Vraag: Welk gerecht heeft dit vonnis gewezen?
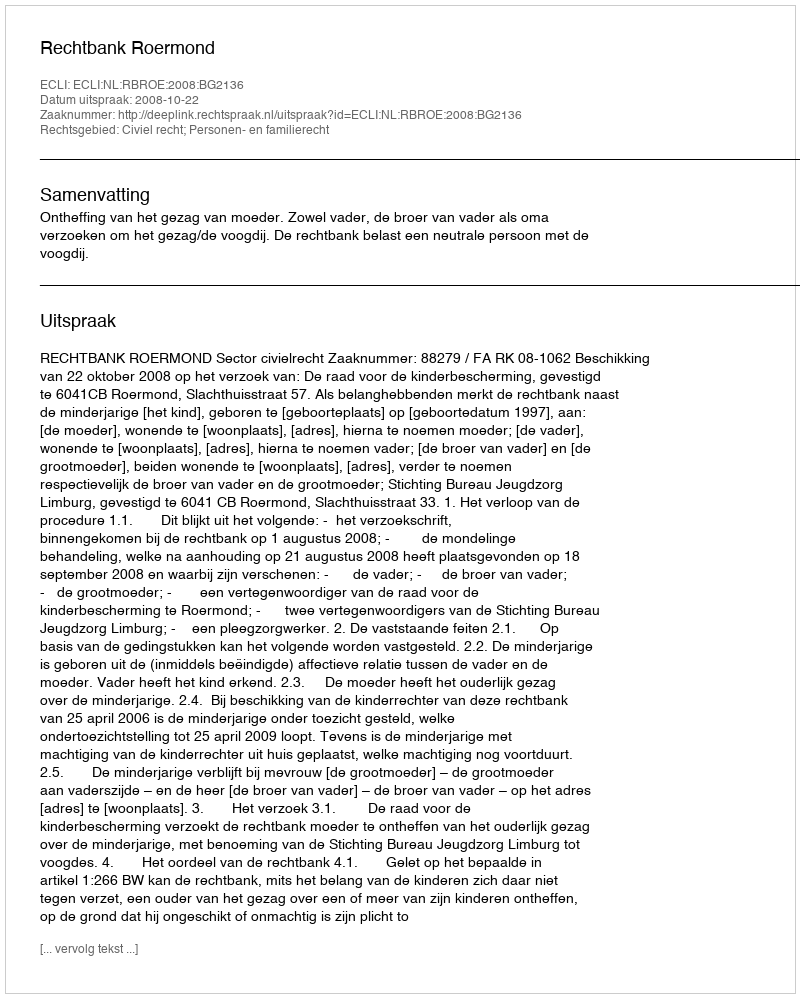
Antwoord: Rechtbank Roermond